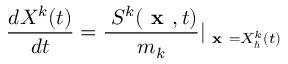
\frac { d X ^ { k } ( t ) } { d t } = \frac { \triangledown S ^ { k } ( \textbf { x } , t ) } { m _ { k } } \vert _ { \textbf { x } = X _ { \hbar } ^ { k } ( t ) }